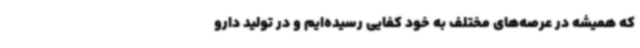
که همیشه در عرصه‌های مختلف به خود کفایی رسیده‌ایم و در تولید دارو